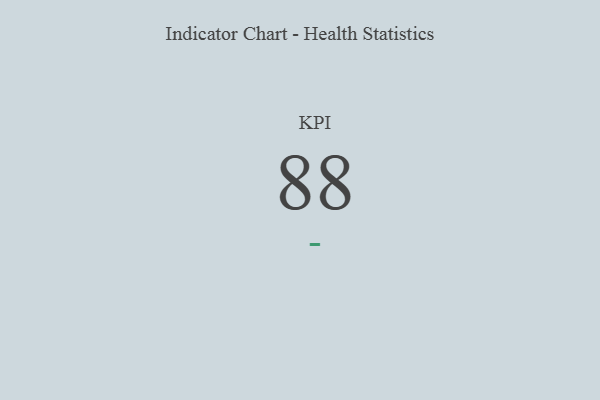
{"axis": {"x": "KPI", "y": "Value"}, "legend": [""], "data": [{"x": "KPI", "y": 88, "type": ""}]}